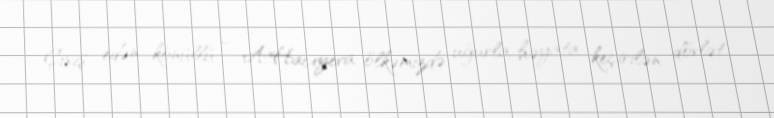
Çıxış edən könüllü – A.Hacıyeva ölkəmizdə uğurla həyata keçirilən dövlət